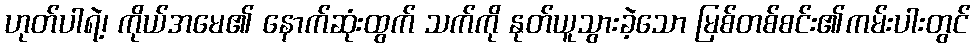
ဟုတ်ပါရဲ့၊ ကိုယ်အမေ၏ နောက်ဆုံးထွက် သက်ကို နုတ်ယူသွားခဲ့သော မြစ်တစ်စင်း၏ကမ်းပါးတွင်